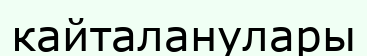
кайталанулары